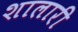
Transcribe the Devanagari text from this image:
शालारी